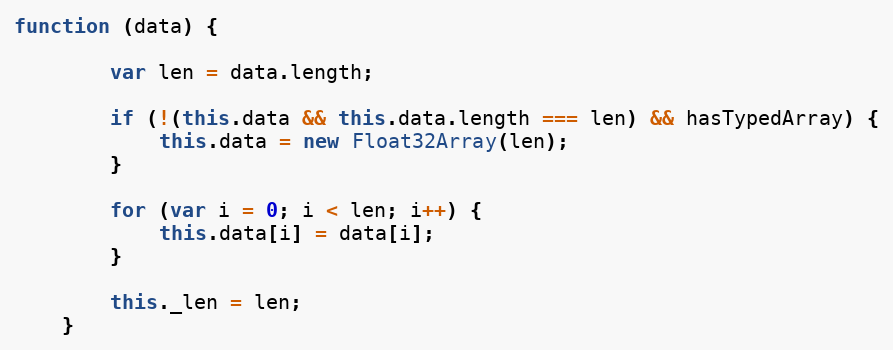
Language: JavaScript
function (data) {

        var len = data.length;

        if (!(this.data && this.data.length === len) && hasTypedArray) {
            this.data = new Float32Array(len);
        }

        for (var i = 0; i < len; i++) {
            this.data[i] = data[i];
        }

        this._len = len;
    }